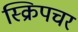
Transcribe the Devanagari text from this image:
स्क्रिपचर